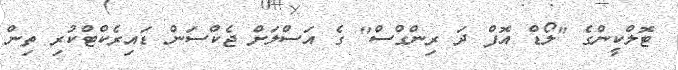
ޓޮލްކީންގެ "ލޯޑް އޮފް ދަ ރިންގްސް" ގެ އަސްލަށް ޖެކްސަން ޑައިރެކްޓްކުރި ތިން